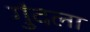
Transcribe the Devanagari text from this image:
गुंदला